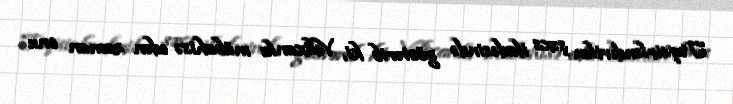
Təqsirləndirilən şəxs ifadəsində göstərib ki, Vəlixanla mübahisə edən zaman onu